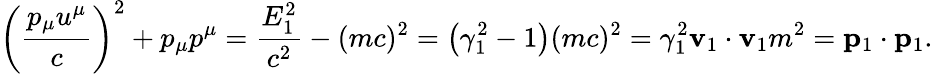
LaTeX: \left({\frac{p_{\mu}u^{\mu}}{c}}\right)^{2}+p_{\mu}p^{\mu}={\frac{E_{1}^{2}}{c^{2}}}-(mc)^{2}=\left(\gamma_{1}^{2}-1\right)(mc)^{2}=\gamma_{1}^{2}{\mathbf{v}_{1}\cdot\mathbf{v}_{1}}m^{2}=\mathbf{p}_{1}\cdot\mathbf{p}_{1}.